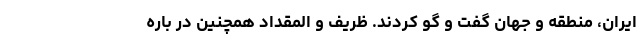
ایران، منطقه و جهان گفت و گو کردند. ظریف و المقداد همچنین در باره